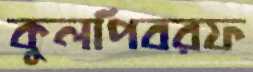
কুলপিবরফ